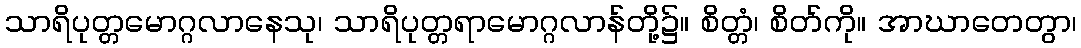
သာရိပုတ္တမောဂ္ဂလာနေသု၊ သာရိပုတ္တရာမောဂ္ဂလာန်တို့၌။ စိတ္တံ၊ စိတ်ကို။ အာဃာတေတွာ၊